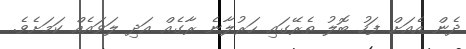
ދެން އެއަށް ފަހު ބޮލު ތެރޭގައި ހަރުލާނެ ރާގެއް އަދި ލަވައެއް ކަމަށެވެ.